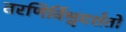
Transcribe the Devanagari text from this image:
तरणिर्विश्वदर्शतो